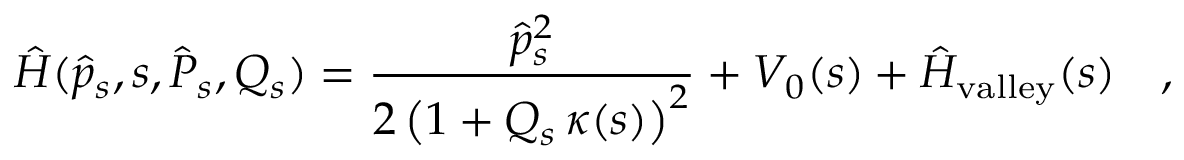
\hat { H } ( \hat { p } _ { s } , s , \hat { P } _ { s } , Q _ { s } ) = \frac { \hat { p } _ { s } ^ { 2 } } { 2 \left( 1 + Q _ { s } \, \kappa ( s ) \right) ^ { 2 } } + V _ { 0 } ( s ) + \hat { H } _ { \mathrm { v a l l e y } } ( s ) \quad ,